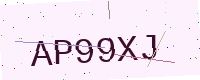
Text: AP99XJ